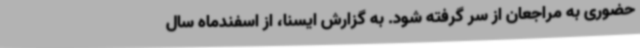
حضوری به مراجعان از سر گرفته شود. به گزارش ایسنا، از اسفندماه سال